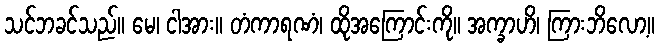
သင်ဘခင်သည်။ မေ၊ ငါအား။ တံကာရဏံ၊ ထိုအကြောင်းကို။ အက္ခာဟိ၊ ကြားဘိလော့။